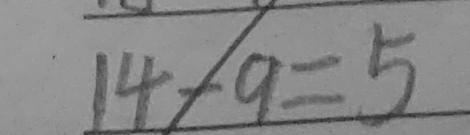
\overline { 1 4 - 9 = 5 }